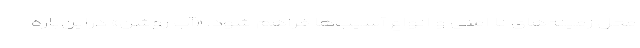
محل زمینه‌های نا امنی و انواع آسیب‌ها فراهم شود. «آب روشن» دراین‌باره